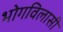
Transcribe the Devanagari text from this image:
भोगविलासी